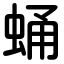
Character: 蛹